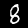
Label: 8